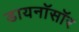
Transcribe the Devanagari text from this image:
डायनॉसॉर